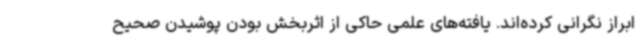
ابراز نگرانی کرده‌اند. یافته‌های علمی حاکی از اثربخش بودن پوشیدن صحیح